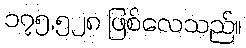
၁၇၅,၅၂၈ ဖြစ်လေသည်။